Lunatic asylums Punjab 1895-1910 - 1895-1910
Year: 1895
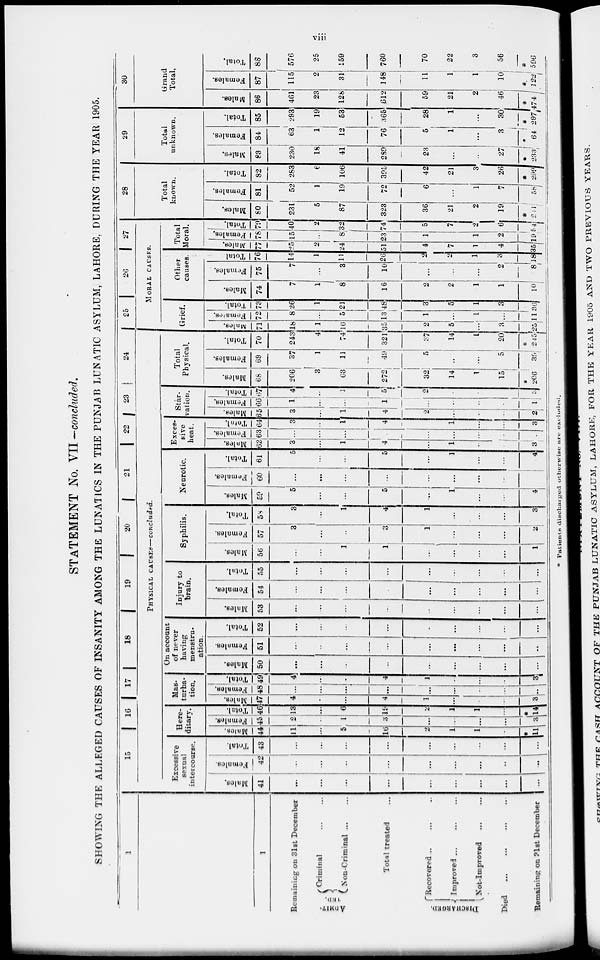
viii
STATEMENT No. VII - concluded.
SHOWING THE ALLEGED CAUSES OF INSANITY AMONG THE LUNATICS IN THE PUNJAB LUNATIC ASYLUM, LAHORE, DURING THE YEAR 1905.
1
1
Remaining on 31st December
ADMIT-
TED Criminal ... ...
Non-Criminal ... ...
Total treated ...
DESCHARGED.
Recovered ... ... ...
Improved ... ... ...
Not-Improved
Died
...
...
...
...
Remaining on 31st December
15
16
17
18
19
20
21
22
23
24
PHYSICAL CAUSES—concluded.
Excessive
sexual
intercourse.
Males.
41
...
...
...
...
...
...
...
...
Females.
42
...
...
...
..
...
...
...
...
...
Total.
43
...
...
...
.. ...
...
...
...
...
Here-
ditary.
Males.
44
11
...
5
16
2
1
1
...
*
11
Females.
45
2
...
1
3
...
...
...
...
3
Total.
46
13
...
6
19
2
1
1
...
*
14
Mas-
turba-
tion.
Males.
47
4
...
...
4
1
...
...
...
3
Females.
48
...
...
...
...
...
...
...
...
...
Total.
49
4
...
...
4
1
...
...
...
3
On account
of never
having
menstru-
ation.
Males.
50
...
...
...
...
...
...
...
...
...
Females.
51
...
...
...
...
...
...
...
...
...
Total.
52
...
...
...
...
...
...
...
...
...
Injury to
brain.
Males.
53
...
...
...
...
...
...
...
...
...
Females.
54
...
...
...
...
...
...
...
...
...
Total.
55
...
...
...
...
...
...
...
...
...
Syphilis.
Males.
56
...
...
1
1
...
...
...
1
Females.
57
3
...
..
3
1
...
...
...
2
Total.
58
3
...
1
4
1
...
...
...
3
Neurotic.
Males.
59
5
...
...
5
...
1
...
j
4
Females.
60
...
...
...
...
...
...
...
...
...
Total.
61
5
...
...
5
...
1
...
...
4
Exces-
sive
heat.
Mnles.
62
3
...
1
4
...
1
...
...
3
Females.
63
...
...
...
...
...
...
...
...
...
Total.
64
3
...
1
4
...
1
. . .
...
3
Star-
vation.
Males.
65
3
...
1
4
2
...
...
....
2
Females.
66
1
...
1
...
...
...
...
1
Total.
67
4
...
1
5
2
...
...
...
3
Total
Physical.
Males.
68
206
3
63
272
32
14
1
15
*
206
Females.
69
37
1
11
49
5
...
...
5
39
Total.
70
243
4
74
321
37
14
1
20
*
245
25
26
27
MORAL
CAUSES.
Grief.
Mnles.
71
18
1
16
35
2
5
...
3
25
Fmales.
72
8
...
5
13
1
...
1
...
11
Total.
73
26
1
21
48
3
5
1
3
36
Other
causes.
Males.
74
7
1
8
16
2
2
1
1
10
Females.
75
7
...
3
10
...
...
...
2
8
Total
76
14
1
11
26
2
2
1
3
18
Total
Moral.
Males.
77
25
2
24
51
4
7
1
4
35
Females.
78
15
...
8
23
1
1
2
19
Total.
79
40
2
32
74
5
7
2
6
54
28
Total
known.
Males.
80
231
5
87
323
36
21
2
19
241
Females.
81
52
1
19
72
6
...
1
7
58
Total.
82
283
6
106
395
42
21
3
26
*299
29
Total
unknown.
Males.
83
230
18
41
289
23
...
...
27
*
233
Females.
84
63
1
12
76
5
1
...
3
*
64
Total.
85
293
19
53
365
28
1
...
30
*297
30
Grand
Total.
Males.
86
461
23
128
612
59
21
2
46
*474
Females.
87
115
2
31
148
11
1
1
10
*
122
Total.
88
576
25
159
760
70
22
3
56
596
* Patients discharged otherwise are excluded.